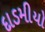
દાડમીયો